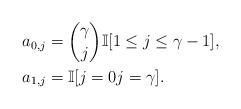
LaTeX: \begin{align*} &a_{0,j} = \binom{\gamma}{j} \mathbb{I}[1\le j \le \gamma-1], \\ &a_{1,j} = \mathbb{I}[j=0 j=\gamma].\end{align*}